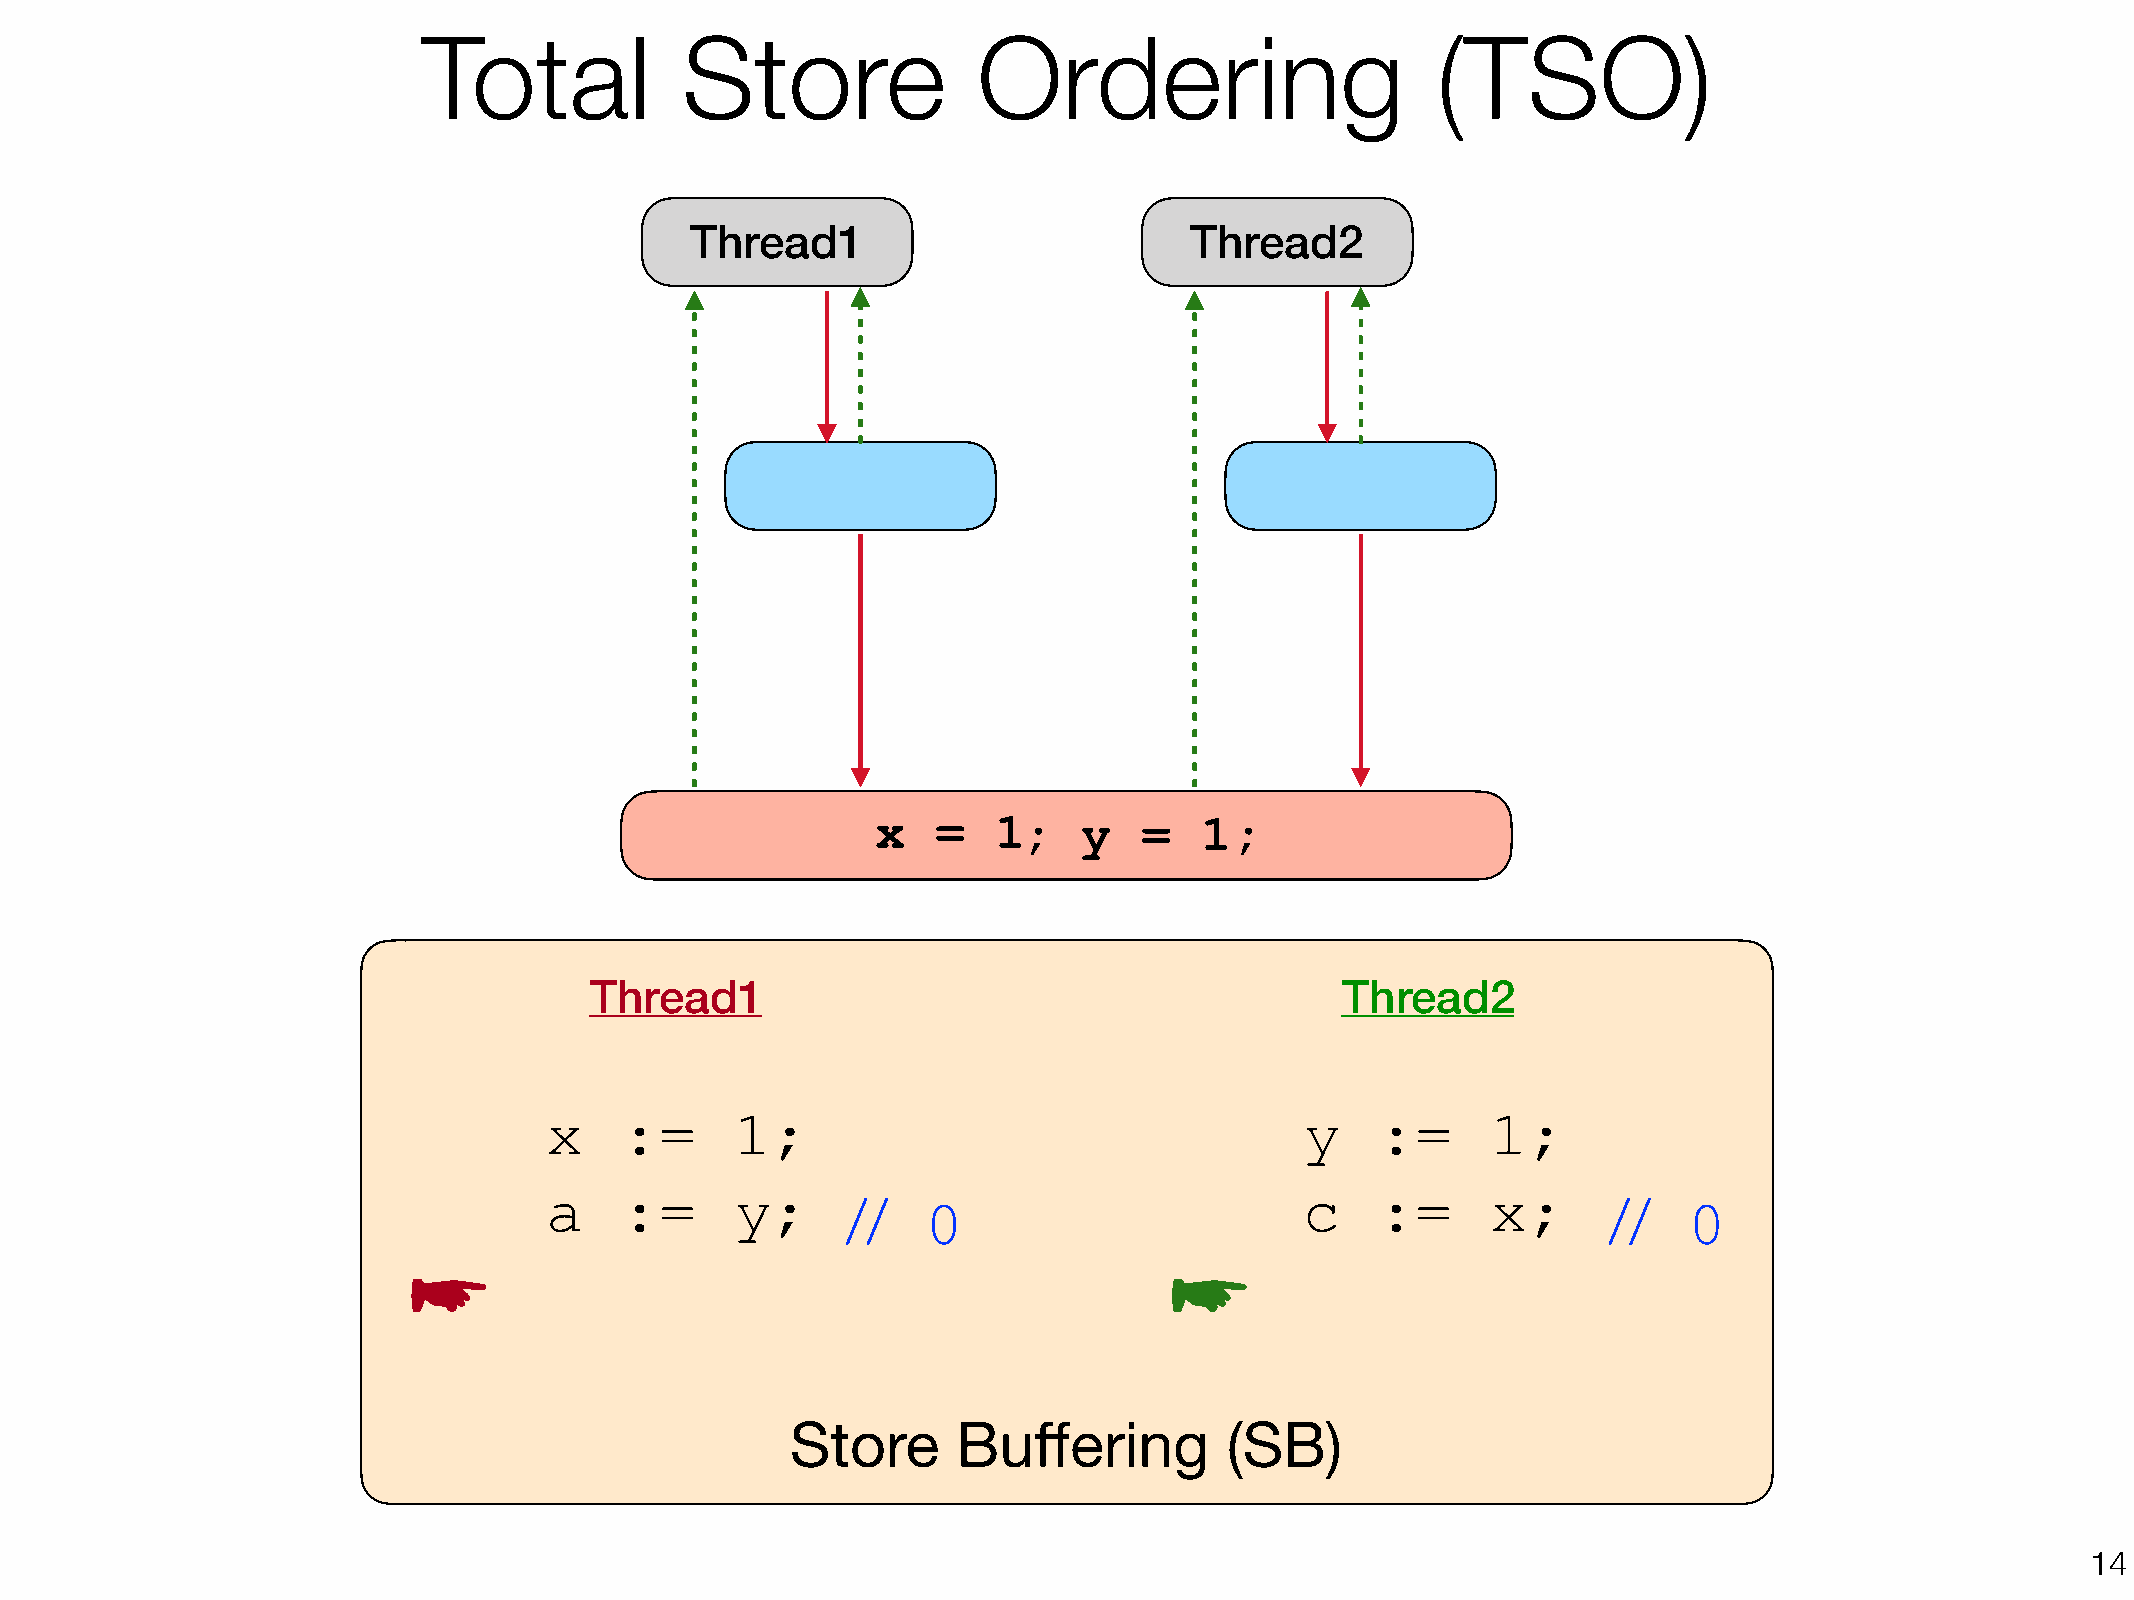
Total            Store               Ordering                      (TSO)
 Thread1                          Thread2
 x   =   1;    y   =   1;
 Thread1                                           Thread2
 x    :=      1;                                   y    :=      1;
 a    :=      y;                                   c    :=      x;
 //   0                                            //    0
 ☛                                                 ☛
 Store      Buffering         (SB)
 !14